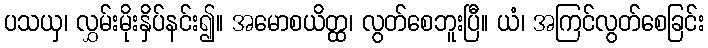
ပသယှ၊ လွှမ်းမိုးနှိပ်နင်း၍။ အမောစယိတ္ထ၊ လွတ်စေဘူးပြီ။ ယံ၊ အကြင်လွတ်စေခြင်း